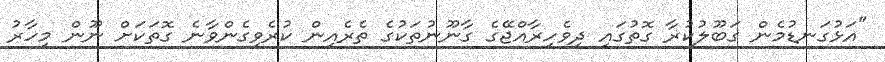
"އަޅުގަނޑުމެން ގަބޫލުކުރާ ގޮތުގައި ދިވެހިރާއްޖޭގެ ގާނޫނުތަކުގެ ތެރެއިން ކުރެވިގެންވާނެ ގޮތަކަށް ނޫން މިހާރު